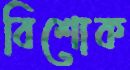
বিশোক